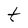
Character: t